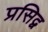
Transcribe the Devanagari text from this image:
प्रसिद्व